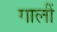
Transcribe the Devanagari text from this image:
गालीं